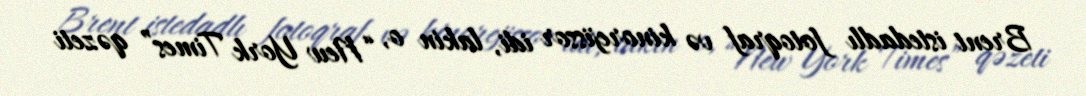
Brent istedadlı fotoqraf və kinorejissor idi, lakin o, “New York Times” qəzeti